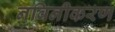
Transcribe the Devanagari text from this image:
नविनीकरण